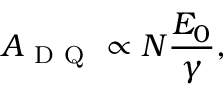
A _ { \mathrm { ~ D ~ Q ~ } } \propto N \frac { E _ { 0 } } { \gamma } ,